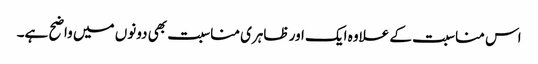
اس مناسبت کے علاوہ ایک اور ظاہری مناسبت بھی دونوں میں واضح ہے۔